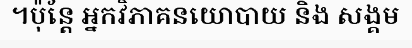
។ប៉ុន្តែ អ្នកវិភាគនយោបាយ និង សង្គម